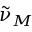
{ \tilde { \nu } } _ { M }